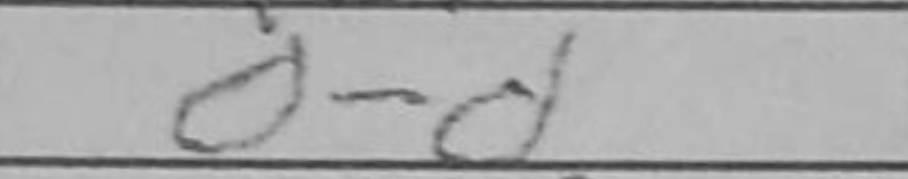
Transcription: O-O